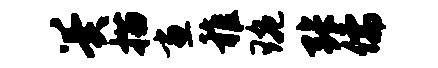
翼描画稚琬张儒